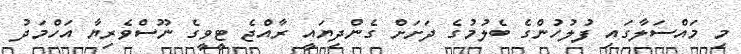
މި މައްސަލާގައި ފުލުހުންގެ ބެލުމުގެ ދަށަށް ގެންދިޔައީ ރާއްޖެ ޓީވީގެ ނޫސްވެރިޔާ އަހްމަދު